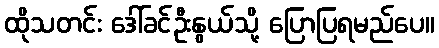
ထိုသတင်း ဒေါ်ခင်ဦးနွယ်သို့ ပြောပြရမည်ပေ။